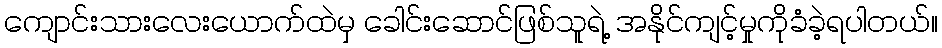
ကျောင်းသားလေးယောက်ထဲမှ ခေါင်းဆောင်ဖြစ်သူရဲ့ အနိုင်ကျင့်မှုကိုခံခဲ့ရပါတယ်။